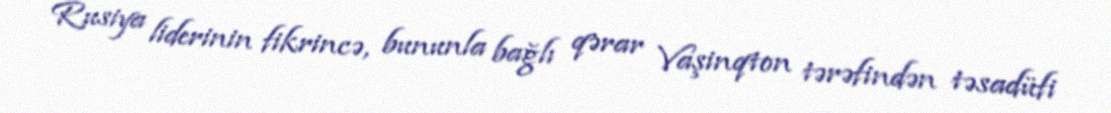
Rusiya liderinin fikrincə, bununla bağlı qərar Vaşinqton tərəfindən təsadüfi